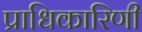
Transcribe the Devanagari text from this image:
प्राधिकारिणी